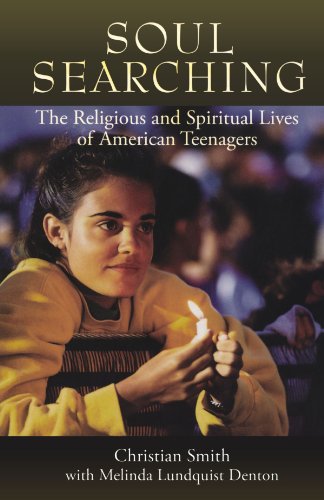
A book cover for Soul Searching: The Religious and Spiritual Lives of American Teenagers; Christian Smith; Politics & Social Sciences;